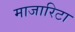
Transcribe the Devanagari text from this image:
माजारिटा